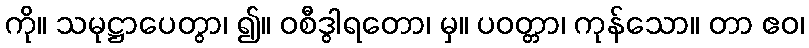
ကို။ သမုဋ္ဌာပေတွာ၊ ၍။ ဝစီဒွါရတော၊ မှ။ ပဝတ္တာ၊ ကုန်သော။ တာ ဧဝ၊